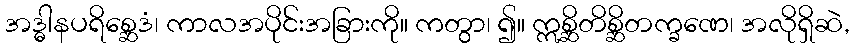
အဒ္ဓါနပရိစ္ဆေဒံ၊ ကာလအပိုင်းအခြားကို။ ကတွာ၊ ၍။ ဣစ္ဆိတိစ္ဆိတက္ခဏေ၊ အလိုရှိဆဲ,